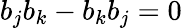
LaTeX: {b}_{j}{b}_{k}-{b}_{k}{b}_{j}=0